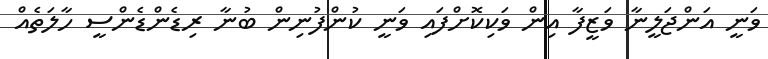
ވަނީ އަންޖަލީނާ ވަޒީފާ އިން ވަކިކޮށްފައި ވަނީ ކުންފުނިން ބުނާ ރިޑެންޑެންސީ ހާލަތެއް